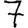
Digit: 7